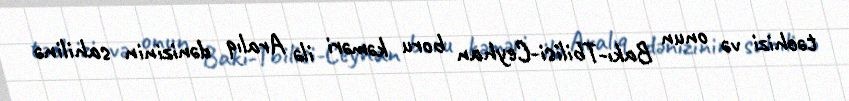
təchizi və onun Bakı-Tbilisi-Ceyhan boru kəməri ilə Aralıq dənizinin sahilinə